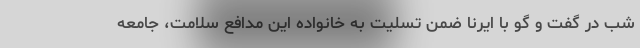
شب در گفت و گو با ایرنا ضمن تسلیت به خانواده این مدافع سلامت، جامعه